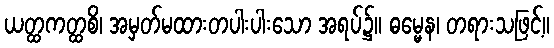
ယတ္ထကတ္ထစိ၊ အမှတ်မထားတပါးပါးသော အရပ်၌။ ဓမ္မေန၊ တရားသဖြင့်။